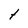
Character: t